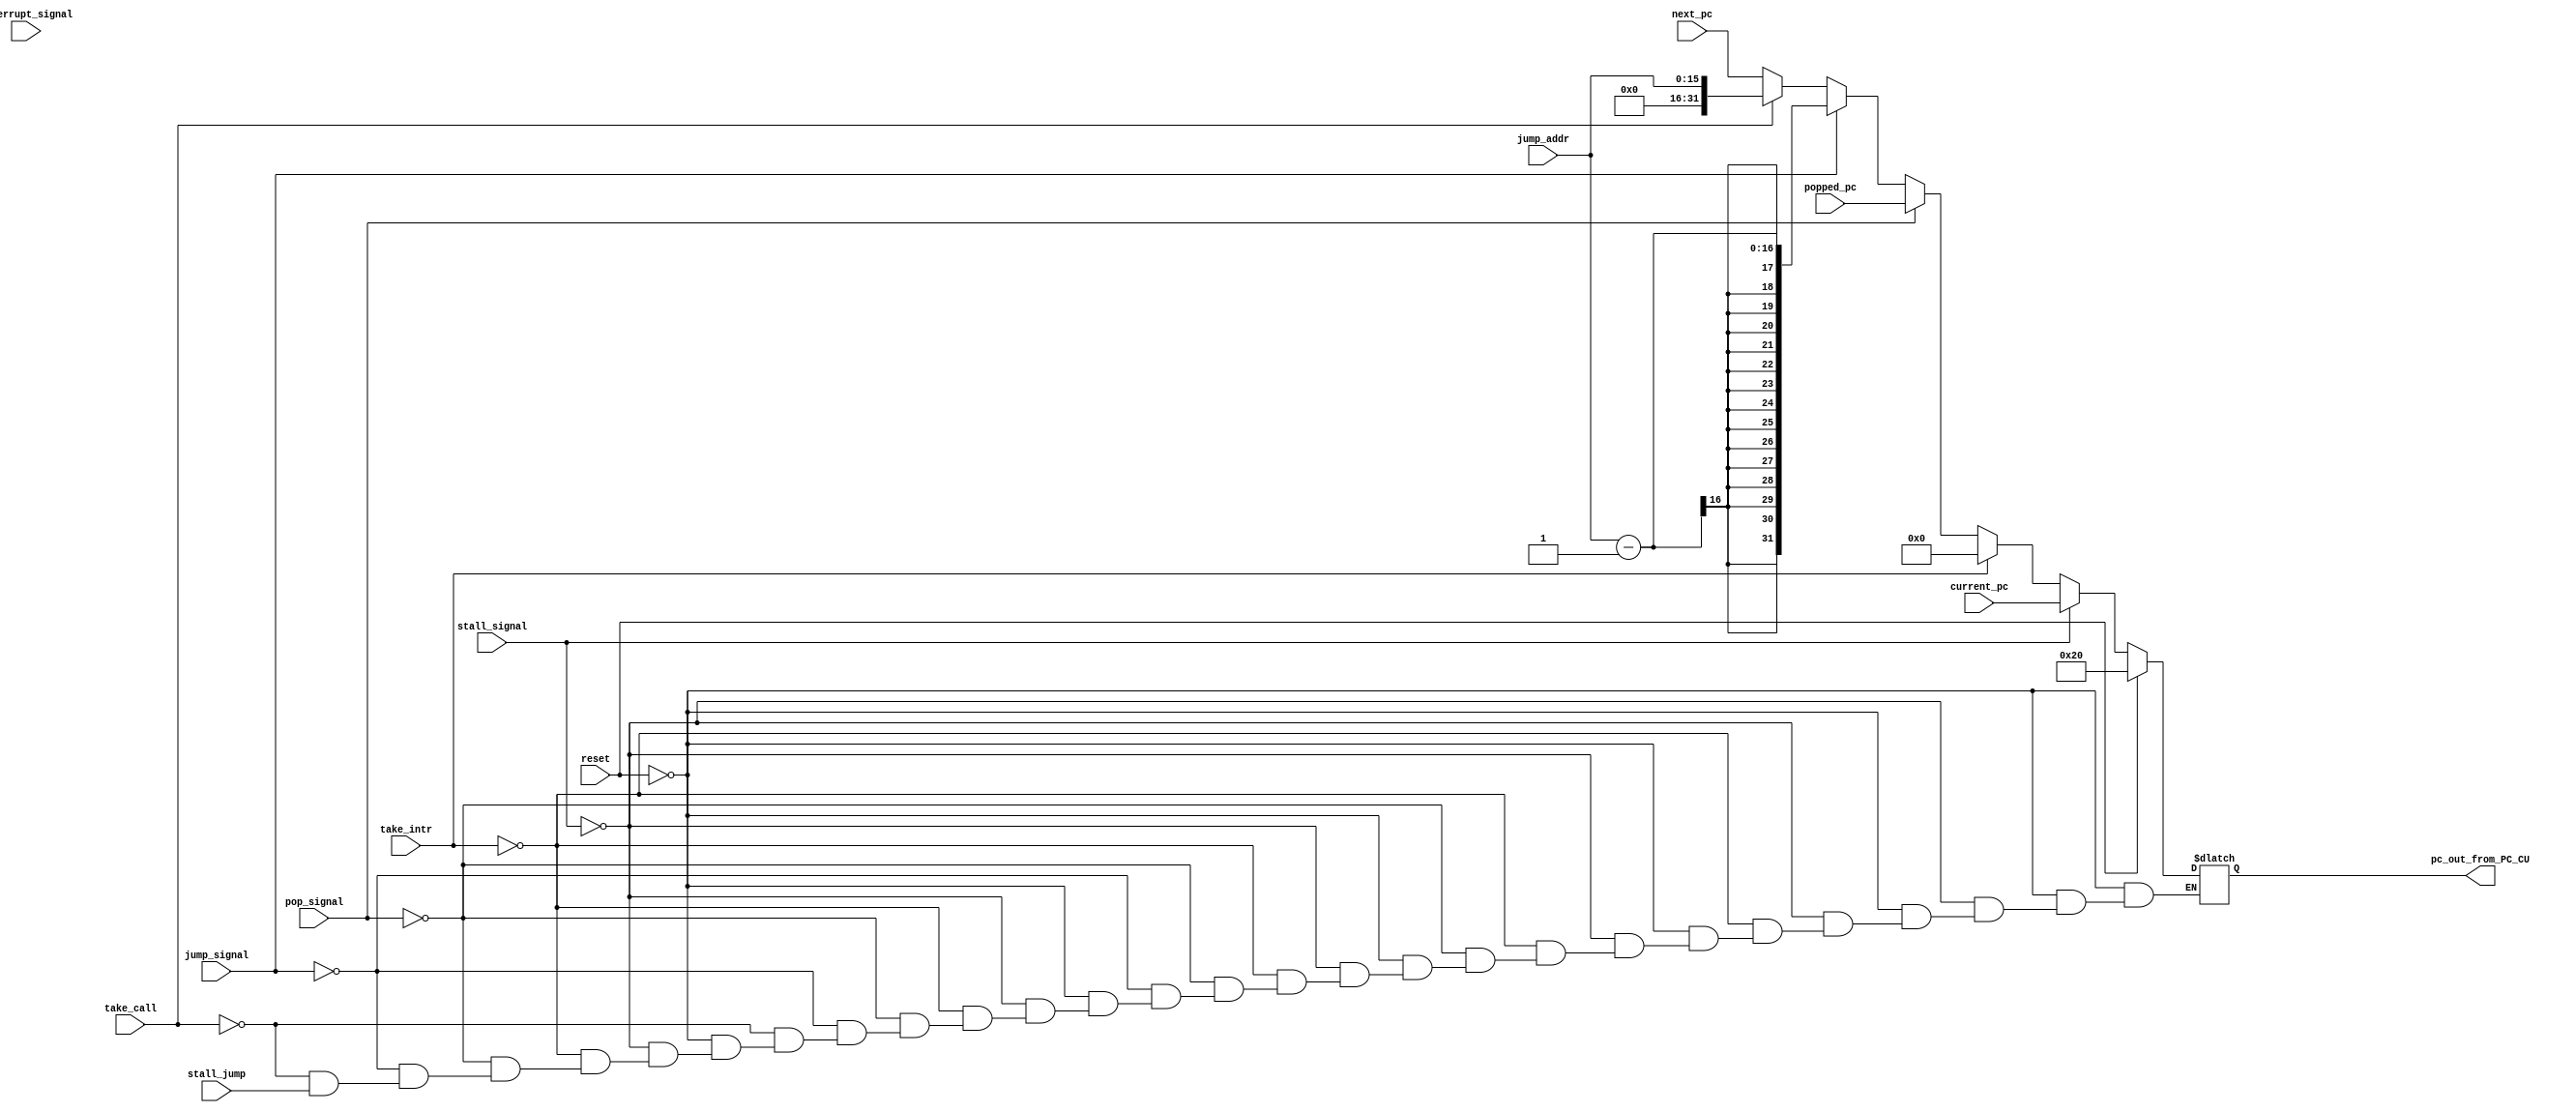

module pc_control_unit(take_intr,reset,
current_pc,
next_pc,
popped_pc,interrupt_signal,
pop_signal,jump_signal,stall_signal,
jump_addr,pc_out_from_PC_CU
,
take_call,
stall_jump
);
input [31:0] current_pc,next_pc,popped_pc;
input [15:0]jump_addr;
input reset,take_intr,take_call,stall_jump;
input interrupt_signal,pop_signal,jump_signal,stall_signal;
output reg [31:0] pc_out_from_PC_CU;


always@(*)
begin
 if(reset)
	pc_out_from_PC_CU=32'b100000;
 else if(stall_signal)
     pc_out_from_PC_CU=current_pc;
else if(take_intr)
    pc_out_from_PC_CU=32'b0;
 else if(pop_signal)
    pc_out_from_PC_CU=popped_pc;
 else if(jump_signal)
    pc_out_from_PC_CU=jump_addr-1;
else if(take_call)
		pc_out_from_PC_CU=jump_addr;
    else if(stall_jump)
		pc_out_from_PC_CU=pc_out_from_PC_CU;
 else
     pc_out_from_PC_CU=next_pc;
        
end
endmodule